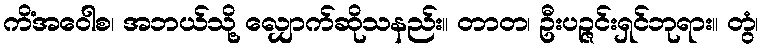
ကိံအဝေါစ၊ အဘယ်သို့ လျှောက်ဆိုသနည်း။ တာတ၊ ဦးပဉ္ဇင်းရှင်ဘုရား။ တွံ၊